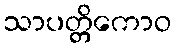
သာပတ္တိကောဝ